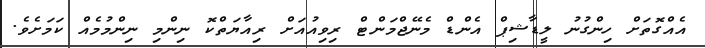
އެއްގޮތަށް ހިންގުނު ލީޑާޝިޕް އެންޑް މެނޭޖްމަންޓް ރިވިއުއަށް ރިއާޔަތްކޮ ނިންމި ނިންމުމެއް ކަމަށެވެ.